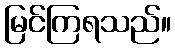
မြင်ကြရသည်။